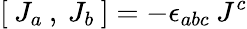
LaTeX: [\: J_{a\: },\: J_{b}\: ]=-\epsilon_{abc}\: J^{c}